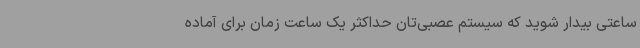
ساعتی بیدار شوید که سیستم عصبی‌تان حداکثر یک ساعت زمان برای آماده